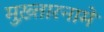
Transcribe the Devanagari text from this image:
मुख़्तारनामे